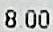
8.00